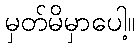
မှတ်မိမှာပေါ့။